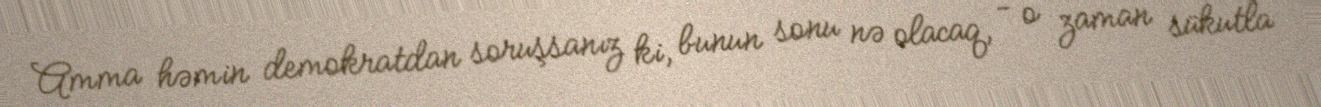
Amma həmin demokratdan soruşsanız ki, bunun sonu nə olacaq, - o zaman sükutla